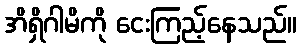
အိရှိဂါမိကို ငေးကြည့်နေသည်။